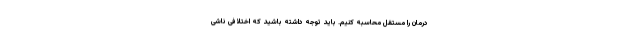
درمان را مستقل محاسبه کنیم. باید توجه داشته باشید که اختلافی ناشی